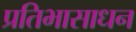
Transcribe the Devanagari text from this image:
प्रतिभासाधन